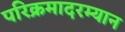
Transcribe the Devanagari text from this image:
परिक्रमादरम्यान